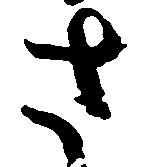
さ